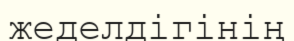
жеделдігінің